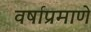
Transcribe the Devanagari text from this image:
वर्षाप्रमाणे